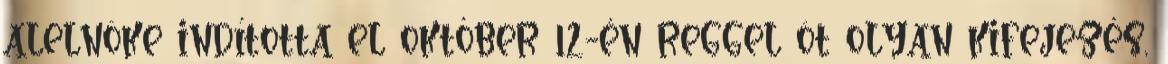
alelnöke indította el október 12-én reggel öt olyan kifejezés,